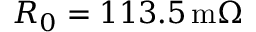
R _ { 0 } = 1 1 3 . 5 \, \mathrm { m } \Omega